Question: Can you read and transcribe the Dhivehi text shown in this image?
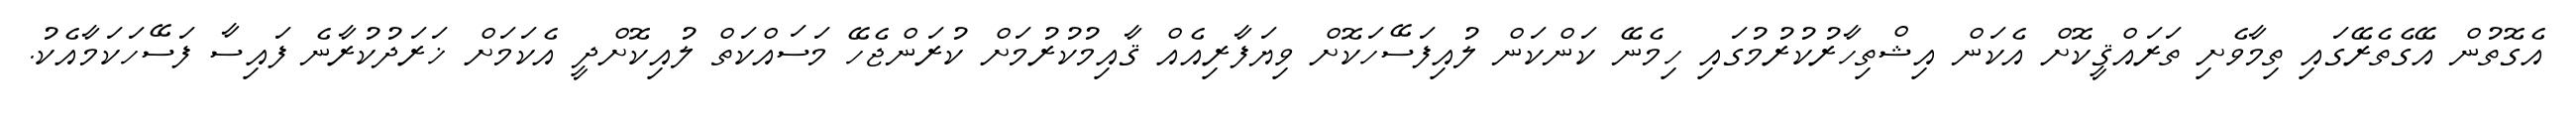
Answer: އެގޮތުން އޭގެތެރޭގައި ތިމާވެށި ތަރައްޤީކޮށް އެކަން އިޝްތިހާރުކުރުމުގައި ހިމެނޭ ކަންކަން ލުއިފަސޭހަކޮށް ވިޔަފާރިއެއް ޤާއިމުކުރުމަށް ކުރަންޖެހޭ މަސައްކަތް ލުއިކޮށްދީ އެކަމަށް ޚަރަދުކުރާނެ ފައިސާ ފަސޭހަކަމާއެކު.